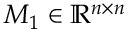
M _ { 1 } \in \mathbb { R } ^ { n \times n }